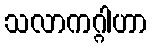
သလာကဂ္ဂါဟာ